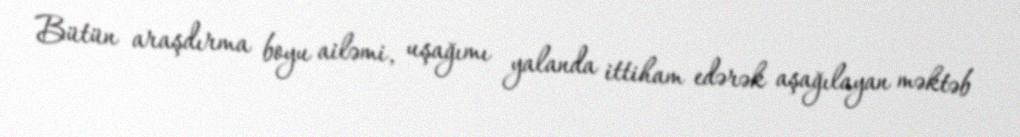
Bütün araşdırma boyu ailəmi, uşağımı yalanda ittiham edərək aşağılayan məktəb